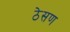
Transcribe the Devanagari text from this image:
ठेसण